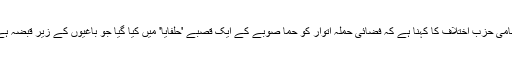
شامی حزبِ اختلاف کا کہنا ہے کہ فضائی حملہ اتوار کو حما صوبے کے ایک قصبے 'حلفایا' میں کیا گیا جو باغیوں کے زیرِ قبضہ ہے۔